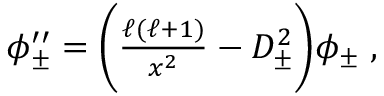
\begin{array} { r } { \phi _ { \pm } ^ { \prime \prime } = \bigg ( \frac { \ell ( \ell + 1 ) } { x ^ { 2 } } - D _ { \pm } ^ { 2 } \bigg ) \phi _ { \pm } \; , } \end{array}